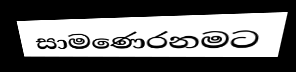
සාමණෙරනමට